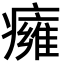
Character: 癕